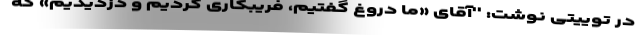
در توییتی نوشت: ''آقای «ما دروغ گفتیم، فریبکاری کردیم و دزدیدیم» که